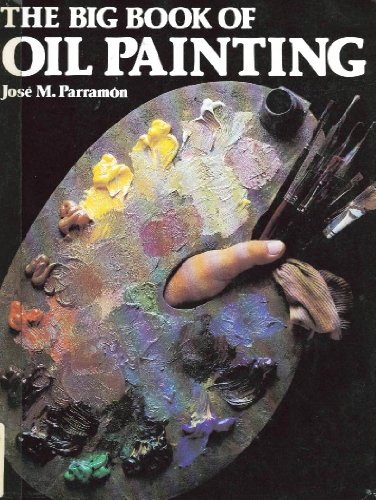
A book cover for The Big Book of Oil Painting; Jose Maria Parramon; Arts & Photography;